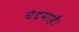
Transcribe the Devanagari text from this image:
चंद्रमाहै।